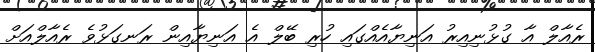
ރެއާލް އާ ގުޅުނިއިރު އަނިޔާއެއްގައި ހުރި ބޭލް އެ އަނިޔާއިން ރަނގަޅުވެ ރެއާލްއަށް